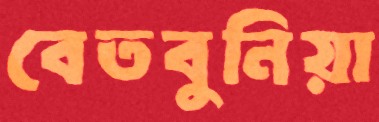
বেতবুনিয়া